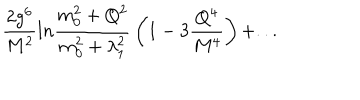
LaTeX: { \frac { 2 g ^ { 6 } } { M ^ { 2 } } } l n { \frac { m _ { 0 } ^ { 2 } + Q ^ { 2 } } { m _ { 0 } ^ { 2 } + \lambda _ { 1 } ^ { 2 } } } \left( 1 - 3 { \frac { Q ^ { 4 } } { M ^ { 4 } } } \right) + . . .